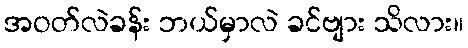
အဝတ်လဲခန်း ဘယ်မှာလဲ ခင်ဗျား သိလား။